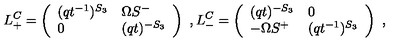
L _ { + } ^ { C } = \left( \begin{array} { l l } { ( q t ^ { - 1 } ) ^ { S _ { 3 } } } & { \Omega S ^ { - } } \\ { 0 } & { ( q t ) ^ { - S _ { 3 } } } \\ \end{array} \right) \ , L _ { - } ^ { C } = \left( \begin{array} { l l } { ( q t ) ^ { - S _ { 3 } } } & { 0 } \\ { - \Omega S ^ { + } } & { ( q t ^ { - 1 } ) ^ { S _ { 3 } } } \\ \end{array} \right) \ ,